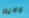
ولايه